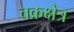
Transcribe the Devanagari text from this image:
चक्रक्षेत्र